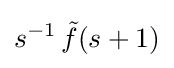
s^{-1}\,{\tilde {f}}(s+1)